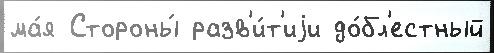
ма́я Стороны́ разв'и́т'иjи до́бл'естный